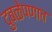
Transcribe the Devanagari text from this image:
दुबळेपणात